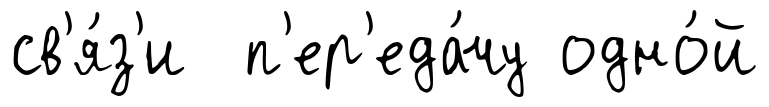
св'я́з'и п'ер'еда́чу одно́й